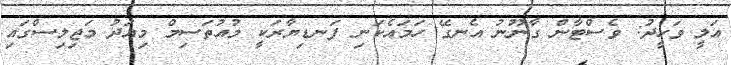
އަލީ ވަހީދު: ވެސްޓާން ގާނޫނު އެނގޭ ހަމައެކަނި ފަނޑިޔާރަކީ މުއުތަސިމް މިއަދު މަޖިލިސްގައި